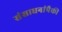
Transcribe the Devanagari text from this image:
संसाधनांपैकी